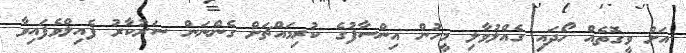
އަށް ވީގޮތެއް ހޯދައި ގެއްލުވާލި މީހުން އިންސާފުގެ ކުރިމައްޗަށް ގެންނަން ސަރުކާރު ފެއިލްވެފައިވާ